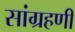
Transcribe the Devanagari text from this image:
सांग्रहणी